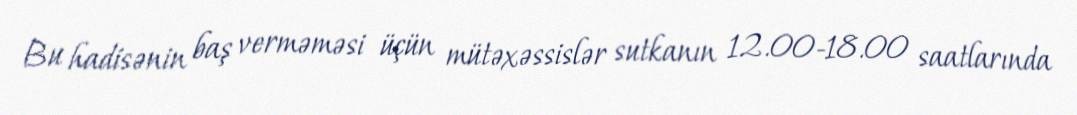
Bu hadisənin baş verməməsi üçün mütəxəssislər sutkanın 12.00-18.00 saatlarında